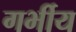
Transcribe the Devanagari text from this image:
गर्भीय